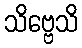
သိဗ္ဗေသိ